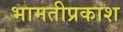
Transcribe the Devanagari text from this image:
भामतीप्रकाश